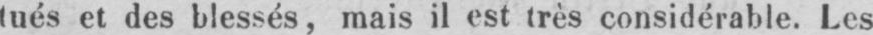
tués et des blessés, mais il est très considérable. Les